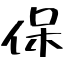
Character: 保